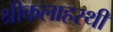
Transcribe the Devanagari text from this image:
श्रीकलाहस्थी